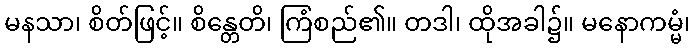
မနသာ၊ စိတ်ဖြင့်။ စိန္တေတိ၊ ကြံစည်၏။ တဒါ၊ ထိုအခါ၌။ မနောကမ္မံ၊